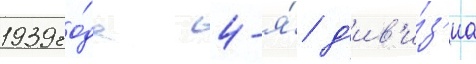
1939 го́да 4-я́ д'ив'и́з'иа